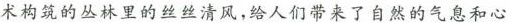
术构筑的丛林里的丝丝清风，给人们带来了自然的气息和心